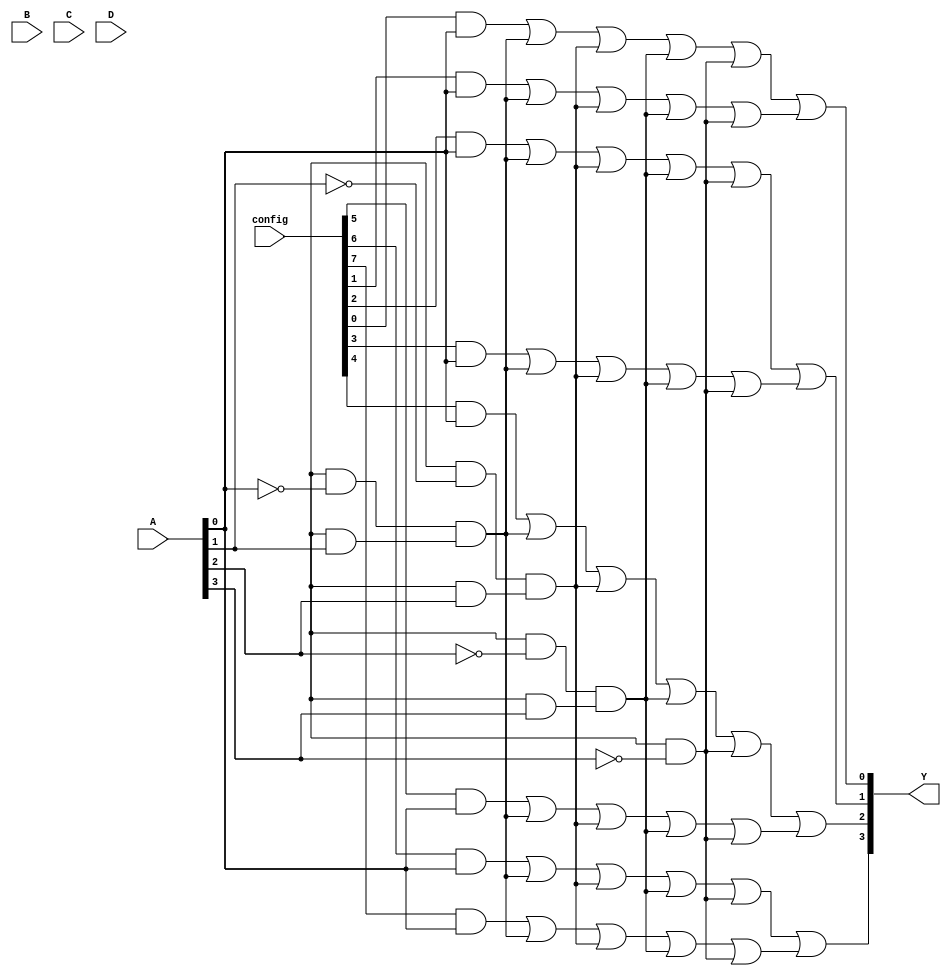
module PAL (
    input wire [3:0] A,        // 4 input pins (A[3:0])
    input wire [3:0] B,        // 4 input pins (B[3:0])
    input wire [3:0] C,        // 4 input pins (C[3:0])
    input wire [3:0] D,        // 4 input pins (D[3:0])
    input wire [7:0] config,   // Configuration bits for AND gates
    output wire [3:0] Y        // 4 output pins (Y[3:0])
);

// Programmable AND array
wire [7:0] and_out; // Outputs of the AND gates

// AND gate configurations
generate
    genvar i;
    for (i = 0; i < 8; i = i + 1) begin : and_gates
        assign and_out[i] = (config[i] & A[0]) | 
                            (config[i+8] & ~A[0]) & // A[0] complement
                            (config[i+16] & A[1]) | 
                            (config[i+24] & ~A[1]) & // A[1] complement
                            (config[i+32] & A[2]) | 
                            (config[i+40] & ~A[2]) & // A[2] complement
                            (config[i+48] & A[3]) | 
                            (config[i+56] & ~A[3]); // A[3] complement
    end
endgenerate

// Fixed OR array
assign Y[0] = and_out[0] | and_out[1]; // Output Y0
assign Y[1] = and_out[2] | and_out[3]; // Output Y1
assign Y[2] = and_out[4] | and_out[5]; // Output Y2
assign Y[3] = and_out[6] | and_out[7]; // Output Y3

endmodule